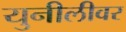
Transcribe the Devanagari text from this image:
युनीलीवर